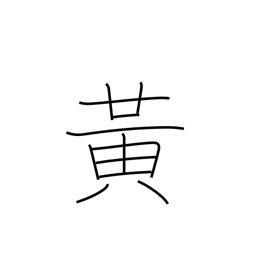
Meaning: yellow